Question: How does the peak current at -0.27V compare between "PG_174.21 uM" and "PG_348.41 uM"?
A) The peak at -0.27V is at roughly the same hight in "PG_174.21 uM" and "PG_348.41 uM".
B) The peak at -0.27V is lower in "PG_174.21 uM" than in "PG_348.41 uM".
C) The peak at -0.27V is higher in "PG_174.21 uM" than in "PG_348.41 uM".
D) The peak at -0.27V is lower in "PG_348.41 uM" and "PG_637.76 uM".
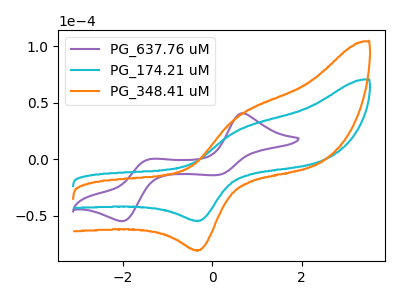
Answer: <think>The purple curve "PG_637.76 uM" has anodic peaks at (0.70V, 40.60uA) (-1.40V, -0.05uA) and cathodic peaks at (0.10V, -14.00uA) (-2.00V, -54.80uA). The cyan curve "PG_174.21 uM" has an anodic peak at (0.55V, 25.20uA) and a cathodic peak at (-0.25V, -54.40uA). The orange curve "PG_348.41 uM" has an anodic peak at (0.55V, 37.25uA) and a cathodic peak at (-0.25V, -80.40uA).</think>
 <answer>B) The peak at -0.27V is lower in "PG_174.21 uM" than in "PG_348.41 uM".</answer>
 <eval>B</eval>